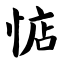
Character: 惦